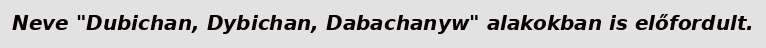
Neve "Dubichan, Dybichan, Dabachanyw" alakokban is előfordult.